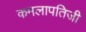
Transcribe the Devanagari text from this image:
कमलापतिजी